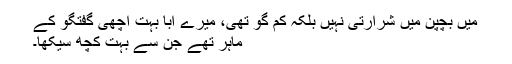
میں بچپن میں شرارتی نہیں بلکہ کم گو تھی، میرے ابا بہت اچھی گفتگو کے
ماہر تھے جن سے بہت کچھ سیکھا۔